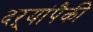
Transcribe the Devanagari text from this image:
दऱ्यांपैकी